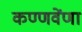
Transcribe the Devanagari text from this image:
कण्णवेंणा